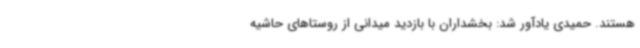
هستند. حمیدی یادآور شد: بخشداران با بازدید میدانی از روستاهای حاشیه